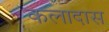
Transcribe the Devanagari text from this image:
कलादास